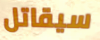
سيقاتل